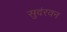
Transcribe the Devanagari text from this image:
सुदंरवन